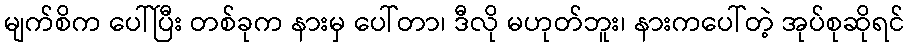
မျက်စိက ပေါ်ပြီး တစ်ခုက နားမှ ပေါ်တာ၊ ဒီလို မဟုတ်ဘူး၊ နားကပေါ်တဲ့ အုပ်စုဆိုရင်